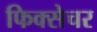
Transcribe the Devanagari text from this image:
फिक्सेचर